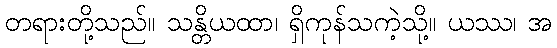
တရားတို့သည်။ သန္တိယထာ၊ ရှိကုန်သကဲ့သို့။ ယဿ၊ အ